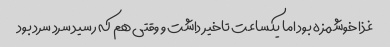
غذا خوشمزه بود اما یکساعت تاخیر داشت و وقتی هم که رسید سرد سرد بود